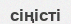
сіңісті